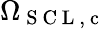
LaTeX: \Omega_{\mathrm{~S~C~L~,~c~}}